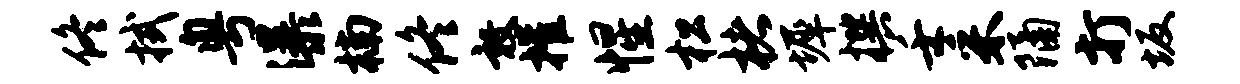
佟拭粤瀑楠佟敦摧惺松楮墀撰壬采隔打坂